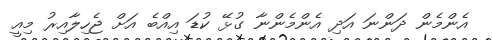
އެންމެން ދަންނަ އަދި އެންމެންނާ ގުޅޭ ކުޑަ އިއްބެ އަށް ޖެހިލާއިރު މިއީ